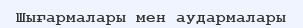
Шығармалары мен аудармалары